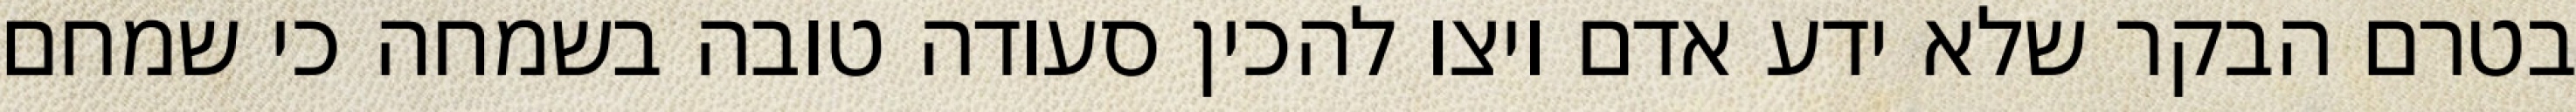
בטרם הבקר שלא ידע אדם ויצו להכין סעודה טובה בשמחה כי שמחם